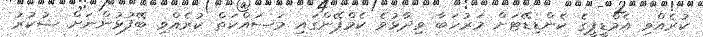
ކުރެއްވި އެމްޑީޕީގެ ކެންޑިޑޭޓަށް މަރުހަބާ ވިދާޅުވެ ކެމްޕޭންގައި މަސައްކަތް ކުރެއްވި ބޭފުޅުންނަށް ޝުކުރު